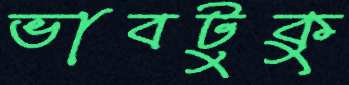
ভাবটুকু